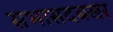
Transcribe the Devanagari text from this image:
सभासदबखर